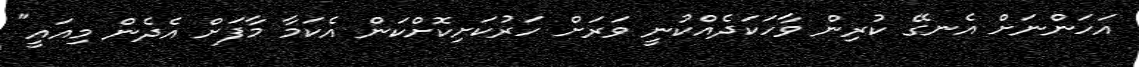
އަހަންނަށް އެނގޭ ކުރިން ވާހަކަދެއްކުނީ ވަރަށް ހަރުކަށިކޮށްކަން އެކަމާ މާފަށް އެދެން މިއައީ"